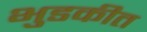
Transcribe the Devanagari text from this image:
भुडकीत